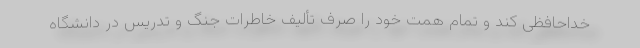
خداحافظی کند و تمام همت خود را صرف تألیف خاطرات جنگ و تدریس در دانشگاه